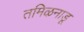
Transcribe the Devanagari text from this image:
तमिऴनाडू